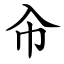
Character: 㠳